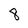
Character: 8